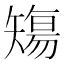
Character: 𥏻